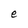
Character: e